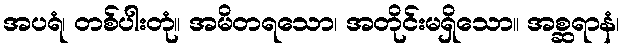
အပရံ၊ တစ်ပါးတုံ။ အမိတရသော၊ အတိုင်းမရှိသော။ အစ္ဆရာနံ၊